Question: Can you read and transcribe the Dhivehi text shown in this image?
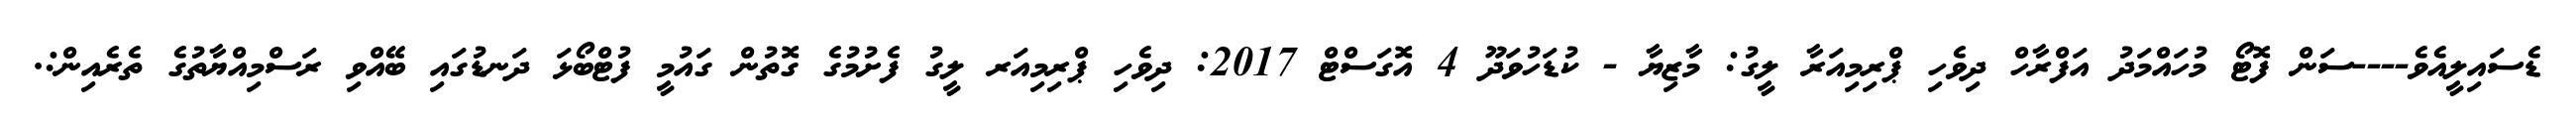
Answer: ޑެސައިލީއެވެ----ސަން ފޮޓޯ މުހައްމަދު އަފްރާހް ދިވެހި ޕްރިމިއަރާ ލީގު: މާޒިޔާ - ކުޑަހުވަދޫ 4 އޮގަސްޓް 2017: ދިވެހި ޕްރިމިއަރ ލީގު ފެށުމުގެ ގޮތުން ގައުމީ ފުޓްބޯޅަ ދަނޑުގައި ބޭއްވި ރަސްމިއްޔާތުގެ ތެރެއިން:.